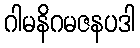
ဂါမနိဂမဇနပဒါ